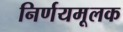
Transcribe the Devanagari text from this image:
निर्णयमूलक